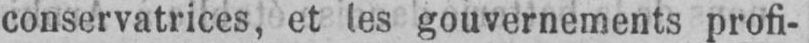
conservatrices, et les gouvernements profi-